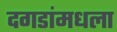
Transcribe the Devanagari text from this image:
दगडांमधला